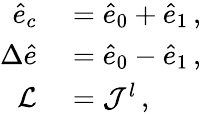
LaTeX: \begin{array}{rl}{\hat{e}_{c}}&{{}=\hat{e}_{0}+\hat{e}_{1}\, ,}\\ {\Delta\hat{e}}&{{}=\hat{e}_{0}-\hat{e}_{1}\, ,}\\ {\mathcal{L}}&{{}=\mathcal{J}^{l}\, ,}\end{array}